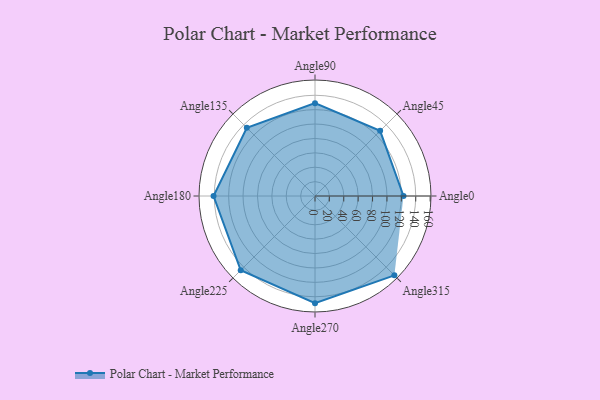
{"axis": {"x": "Angle", "y": "Radius"}, "legend": [""], "data": [{"x": "Angle0", "y": 123.0, "type": ""}, {"x": "Angle45", "y": 128.0, "type": ""}, {"x": "Angle90", "y": 129.0, "type": ""}, {"x": "Angle135", "y": 134.0, "type": ""}, {"x": "Angle180", "y": 141.0, "type": ""}, {"x": "Angle225", "y": 146.0, "type": ""}, {"x": "Angle270", "y": 149.0, "type": ""}, {"x": "Angle315", "y": 156.0, "type": ""}]}